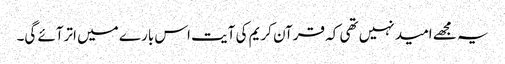
یہ مجھے امید نہیں تھی کہ قرآن کریم کی آیت اس بارے میں اترآئے گی۔